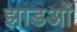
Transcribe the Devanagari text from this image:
झाडओं